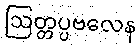
ဩတ္တပ္ပဗလေန